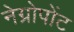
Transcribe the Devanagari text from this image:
नेग्रोपोंट